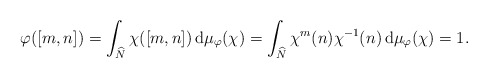
\begin{align*} \varphi([m,n])= \int_{\widehat{N}}\chi([m,n])\, \mathrm{d}\mu_\varphi(\chi)=\int_{\widehat{N}}\chi^m(n)\chi^{-1}(n)\, \mathrm{d}\mu_\varphi(\chi)=1.\end{align*}